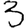
Digit: 3